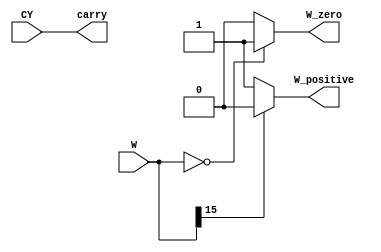
module predictor_execution_check (	input [15:0] 	W,
												input 			CY,
												output reg		W_zero,
												output reg		W_positive,
												output reg		carry);
												
	always begin
		W_zero <= W == 0 ? 1 : 0;
		W_positive <= W[15] == 0 ? 1 : 0;
		carry <= CY;
	end
	
endmodule